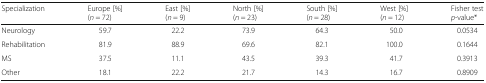
| Specialization | Europe [%](n = 72) | East [%](n = 9) | North [%](n = 23) | South [%](n = 28) | West [%](n = 12) | Fisher testp-value* |
 | --- | --- | --- | --- | --- | --- | --- |
 | Neurology | 59.7 | 22.2 | 73.9 | 64.3 | 50.0 | 0.0534 |
 | Rehabilitation | 81.9 | 88.9 | 69.6 | 82.1 | 100.0 | 0.1644 |
 | MS | 37.5 | 11.1 | 43.5 | 39.3 | 41.7 | 0.3913 |
 | Other | 18.1 | 22.2 | 21.7 | 14.3 | 16.7 | 0.8909 |